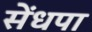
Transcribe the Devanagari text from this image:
सेंधपा